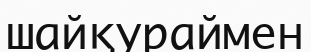
шайқураймен